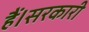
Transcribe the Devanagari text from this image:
हैं।सरकारी